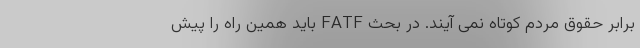
برابر حقوق مردم کوتاه نمی آیند. در بحث FATF باید همین راه را پیش